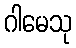
ဂါမေသု